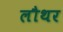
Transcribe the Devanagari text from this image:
लौथर